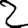
Digit: 2